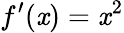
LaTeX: f^{\prime}(\mathit{x})=\mathit{x}^{2}